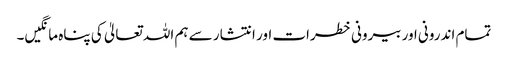
تمام اندرونی اور بیرونی خطرات اور انتشار سے ہم اللہ تعالیٰ کی پناہ مانگیں۔